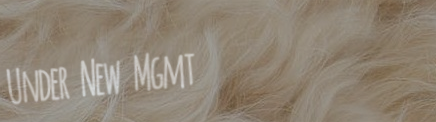
Under New Mgmt